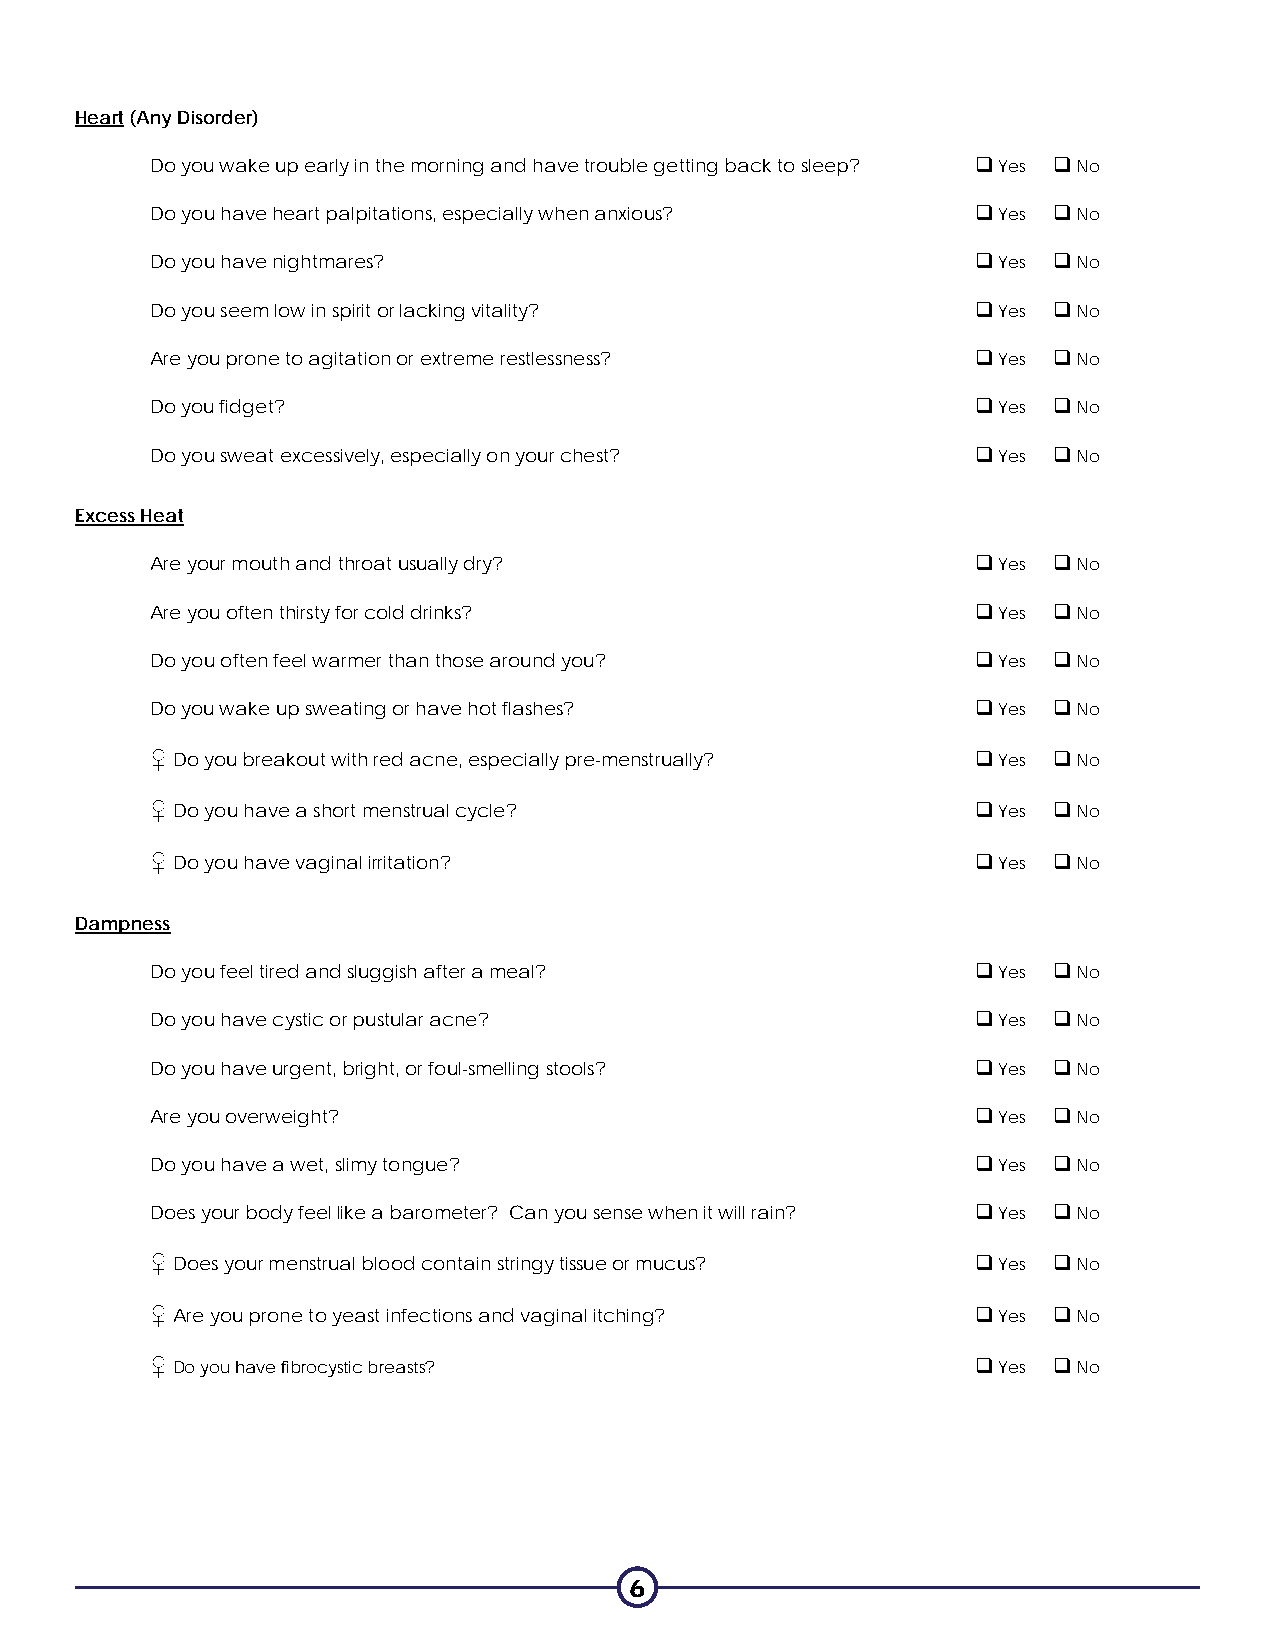
Heart (Any Disorder)
 Do you wake up early in the morning and have trouble getting back to sleep?  Yes  No
 Do you have heart palpitations, especially when anxious?  Yes  No
 Do you have nightmares?                                 Yes  No
 Do you seem low in spirit or lacking vitality?          Yes  No
 Are you prone to agitation or extreme restlessness?     Yes  No
 Do you fidget?                                          Yes  No
 Do you sweat excessively, especially on your chest?     Yes  No
 Excess Heat
 Are your mouth and throat usually dry?                  Yes  No
 Are you often thirsty for cold drinks?                  Yes  No
 Do you often feel warmer than those around you?         Yes  No
 Do you wake up sweating or have hot flashes?            Yes  No
 ♀ Do you breakout with red acne, especially pre-menstrually?  Yes  No
 ♀ Do you have a short menstrual cycle?                  Yes  No
 ♀ Do you have vaginal irritation?                       Yes  No
 Dampness
 Do you feel tired and sluggish after a meal?            Yes  No
 Do you have cystic or pustular acne?                    Yes  No
 Do you have urgent, bright, or foul-smelling stools?    Yes  No
 Are you overweight?                                     Yes  No
 Do you have a wet, slimy tongue?                        Yes  No
 Does your body feel like a barometer? Can you sense when it will rain?  Yes  No
 ♀ Does your menstrual blood contain stringy tissue or mucus?  Yes  No
 ♀ Are you prone to yeast infections and vaginal itching?  Yes  No
 ♀ Do you have fibrocystic breasts?                      Yes  No
 6